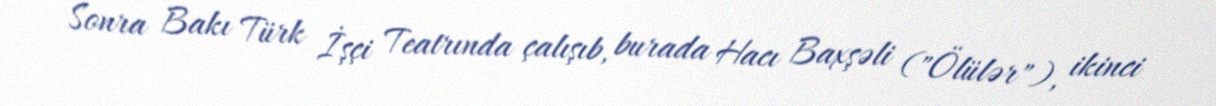
Sonra Bakı Türk İşçi Teatrında çalışıb, burada Hacı Baxşəli ("Ölülər"), ikinci